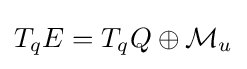
T_{q}E=T_{q}Q\oplus {\mathcal {M}}_{u}